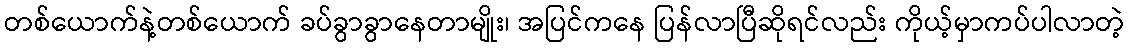
တစ်ယောက်နဲ့တစ်ယောက် ခပ်ခွာခွာနေတာမျိုး၊ အပြင်ကနေ ပြန်လာပြီဆိုရင်လည်း ကိုယ့်မှာကပ်ပါလာတဲ့